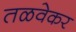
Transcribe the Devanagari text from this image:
तळवेकर